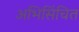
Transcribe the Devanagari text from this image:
अभिसिंचित